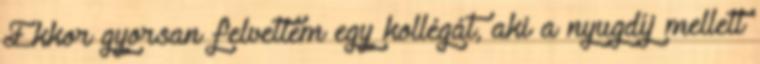
Ekkor gyorsan felvettem egy kollégát, aki a nyugdíj mellett